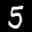
Label: 5